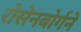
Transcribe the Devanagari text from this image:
रोसेनबोर्गने